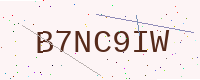
Text: B7NC9IW